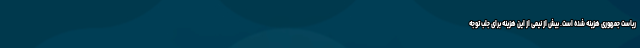
ریاست جمهوری هزینه شده است. بیش از نیمی از این هزینه برای جلب توجه